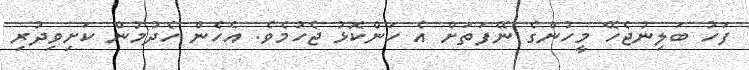
ފަހު ބަލިނުޖެހޭ މީހުންގެ ނޭފަތަށް އެ ހަންކޮޅު ޖެހުމެވެ. އެހެން ހެދުމުން ކަށިވިދުރި